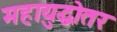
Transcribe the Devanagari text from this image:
महायुद्धोतर